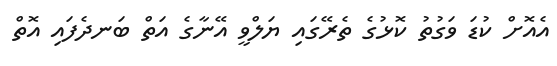
އެއޮށް ކުޑަ ވަގުތު ކޮޅުގެ ތެރޭގައި ޔަލްވީ އޭނާގެ އަތް ބަނދެފައި އޮތް